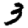
Digit: 3